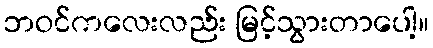
ဘဝင်ကလေးလည်း မြင့်သွားတာပေါ့။